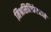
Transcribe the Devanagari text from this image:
मिश्रसिलिकेटमध्ये